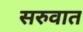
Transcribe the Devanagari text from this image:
सरुवात